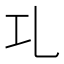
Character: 𠃖